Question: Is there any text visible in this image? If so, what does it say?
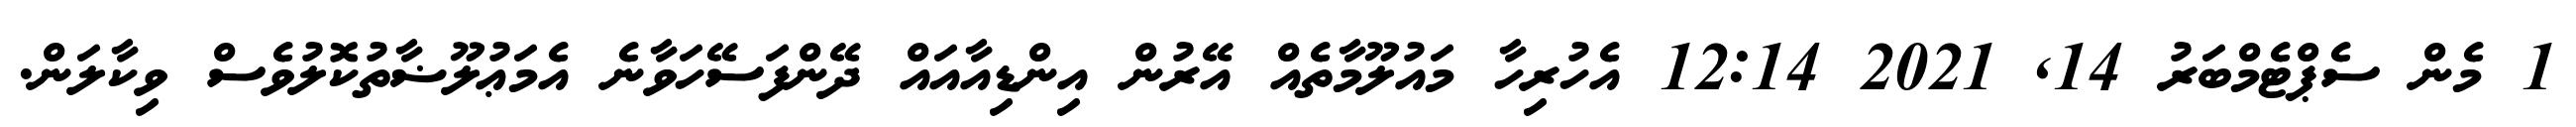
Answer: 1 މެން ސެޕްޓެމްބަރު 14, 2021 12:14 އެހުރިހާ މައުލޫމާތެއް އޭރުން އިންޑިއާއައް ދޭންފަސޭހަވާނެ އެމަޢުލޫޟާތުކޮލުވެސް ވިކާލަން.